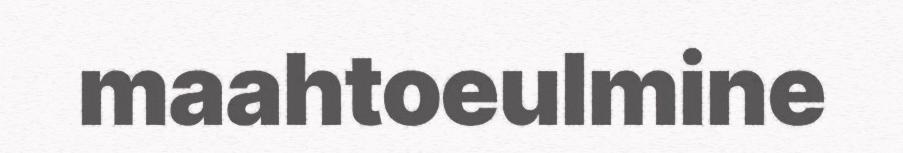
maahtoeulmine